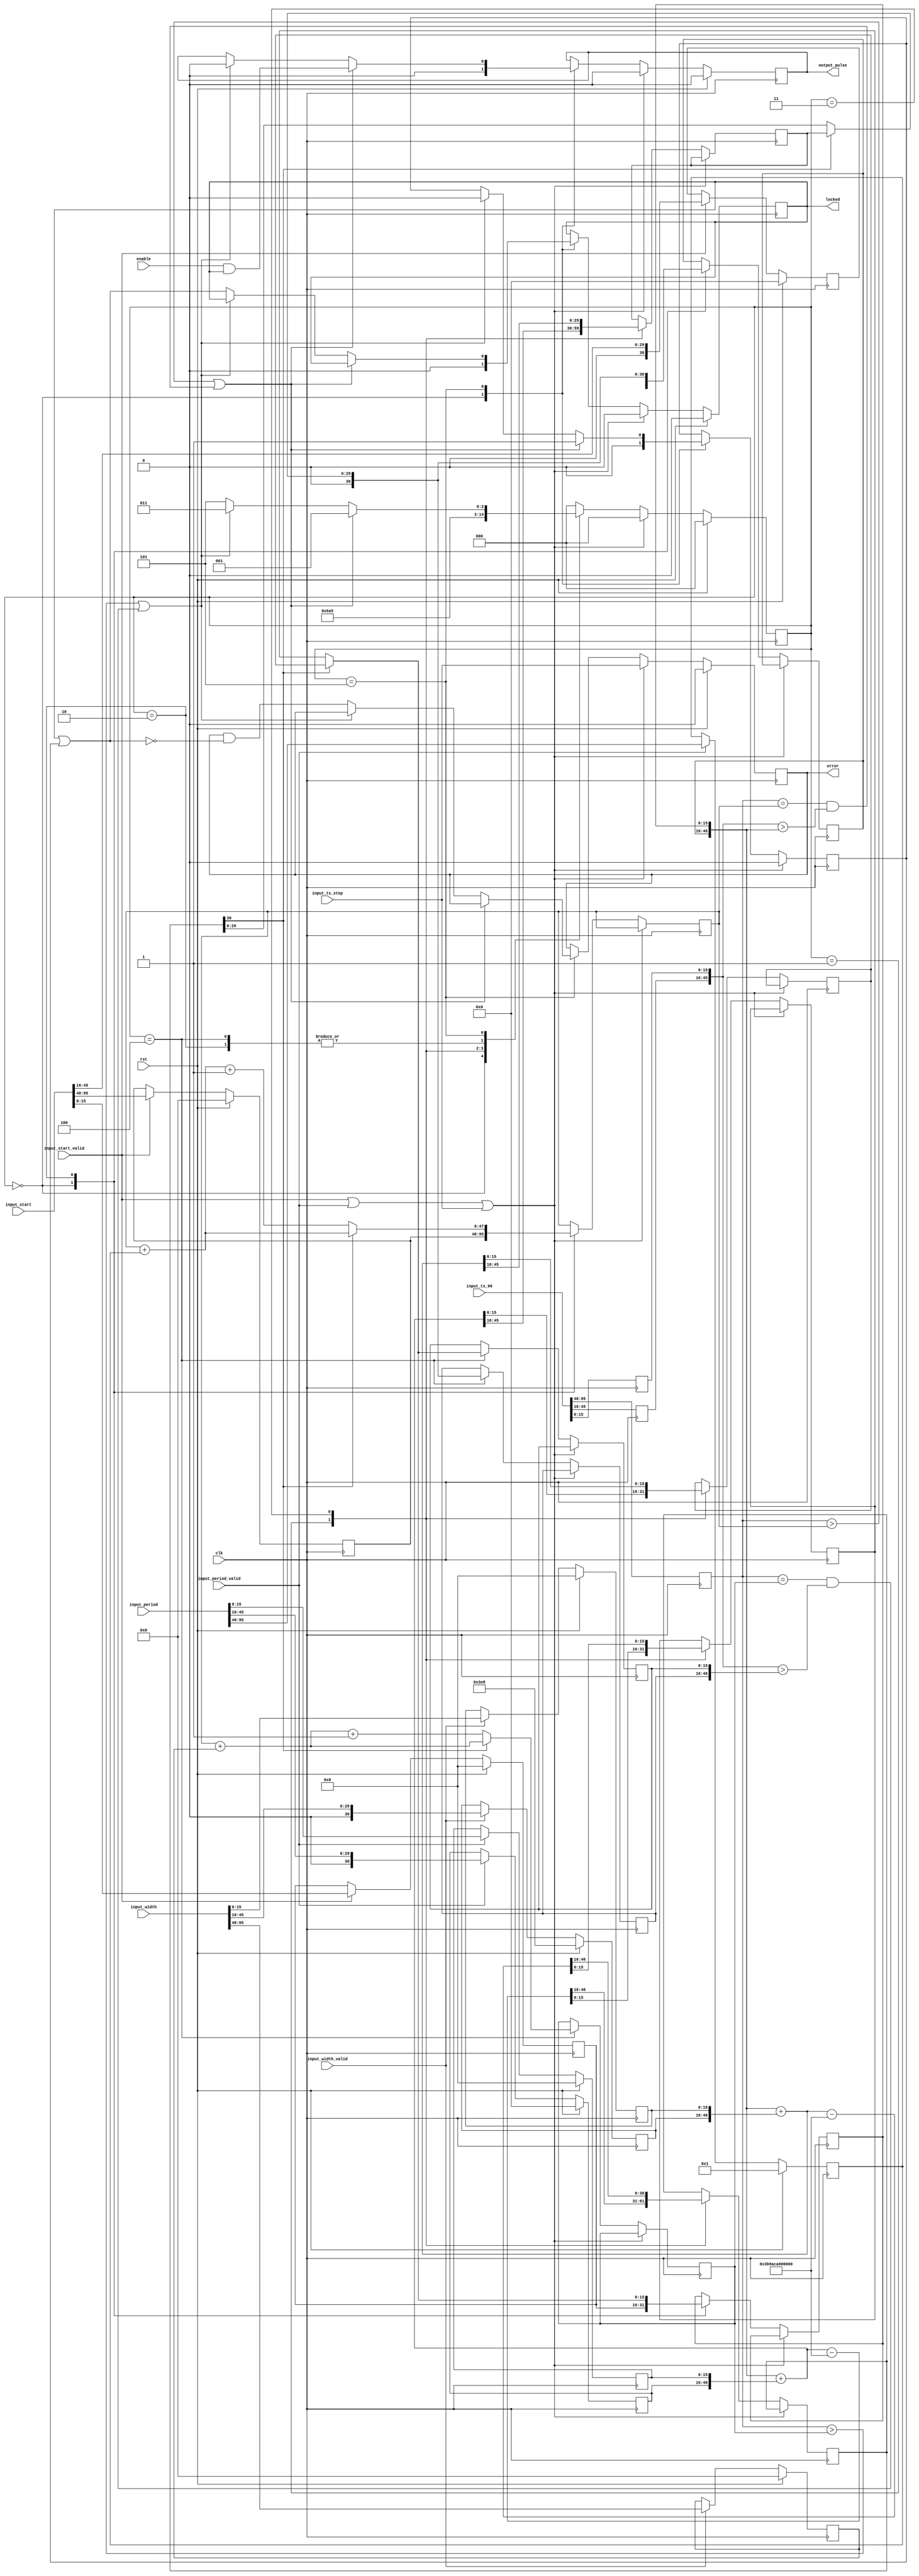
/*

Copyright (c) 2019 Alex Forencich

Permission is hereby granted, free of charge, to any person obtaining a copy
of this software and associated documentation files (the "Software"), to deal
in the Software without restriction, including without limitation the rights
to use, copy, modify, merge, publish, distribute, sublicense, and/or sell
copies of the Software, and to permit persons to whom the Software is
furnished to do so, subject to the following conditions:

The above copyright notice and this permission notice shall be included in
all copies or substantial portions of the Software.

THE SOFTWARE IS PROVIDED "AS IS", WITHOUT WARRANTY OF ANY KIND, EXPRESS OR
IMPLIED, INCLUDING BUT NOT LIMITED TO THE WARRANTIES OF MERCHANTABILITY
FITNESS FOR A PARTICULAR PURPOSE AND NONINFRINGEMENT. IN NO EVENT SHALL THE
AUTHORS OR COPYRIGHT HOLDERS BE LIABLE FOR ANY CLAIM, DAMAGES OR OTHER
LIABILITY, WHETHER IN AN ACTION OF CONTRACT, TORT OR OTHERWISE, ARISING FROM,
OUT OF OR IN CONNECTION WITH THE SOFTWARE OR THE USE OR OTHER DEALINGS IN
THE SOFTWARE.

*/

// Language: Verilog 2001

`resetall
`timescale 1ns / 1ps
`default_nettype none

/*
 * PTP period out module
 */
module ptp_perout #
(
    parameter FNS_ENABLE = 1,
    parameter OUT_START_S = 48'h0,
    parameter OUT_START_NS = 30'h0,
    parameter OUT_START_FNS = 16'h0000,
    parameter OUT_PERIOD_S = 48'd1,
    parameter OUT_PERIOD_NS = 30'd0,
    parameter OUT_PERIOD_FNS = 16'h0000,
    parameter OUT_WIDTH_S = 48'h0,
    parameter OUT_WIDTH_NS = 30'd1000,
    parameter OUT_WIDTH_FNS = 16'h0000
)
(
    input  wire         clk,
    input  wire         rst,

    /*
     * Timestamp input from PTP clock
     */
    input  wire [95:0]  input_ts_96,
    input  wire         input_ts_step,

    /*
     * Control
     */
    input  wire         enable,
    input  wire [95:0]  input_start,
    input  wire         input_start_valid,
    input  wire [95:0]  input_period,
    input  wire         input_period_valid,
    input  wire [95:0]  input_width,
    input  wire         input_width_valid,

    /*
     * Status
     */
    output wire         locked,
    output wire         error,

    /*
     * Pulse output
     */
    output wire         output_pulse
);

localparam [2:0]
    STATE_IDLE = 3'd0,
    STATE_UPDATE_RISE_1 = 3'd1,
    STATE_UPDATE_RISE_2 = 3'd2,
    STATE_UPDATE_FALL_1 = 3'd3,
    STATE_UPDATE_FALL_2 = 3'd4,
    STATE_WAIT_EDGE = 3'd5;

reg [2:0] state_reg = STATE_IDLE, state_next;

reg [47:0] time_s_reg = 0;
reg [30:0] time_ns_reg = 0;
reg [15:0] time_fns_reg = 0;

reg [47:0] next_rise_s_reg = 0, next_rise_s_next;
reg [30:0] next_rise_ns_reg = 0, next_rise_ns_next;
reg [15:0] next_rise_fns_reg = 0, next_rise_fns_next;

reg [47:0] next_fall_s_reg = 0, next_fall_s_next;
reg [30:0] next_fall_ns_reg = 0, next_fall_ns_next;
reg [15:0] next_fall_fns_reg = 0, next_fall_fns_next;

reg [47:0] start_s_reg = OUT_START_S;
reg [30:0] start_ns_reg = OUT_START_NS;
reg [15:0] start_fns_reg = OUT_START_FNS;

reg [47:0] period_s_reg = OUT_PERIOD_S;
reg [30:0] period_ns_reg = OUT_PERIOD_NS;
reg [15:0] period_fns_reg = OUT_PERIOD_FNS;

reg [47:0] width_s_reg = OUT_WIDTH_S;
reg [30:0] width_ns_reg = OUT_WIDTH_NS;
reg [15:0] width_fns_reg = OUT_WIDTH_FNS;

reg [29:0] ts_96_ns_inc_reg = 0, ts_96_ns_inc_next;
reg [15:0] ts_96_fns_inc_reg = 0, ts_96_fns_inc_next;
reg [30:0] ts_96_ns_ovf_reg = 0, ts_96_ns_ovf_next;
reg [15:0] ts_96_fns_ovf_reg = 0, ts_96_fns_ovf_next;

reg locked_reg = 1'b0, locked_next;
reg error_reg = 1'b0, error_next;
reg level_reg = 1'b0, level_next;
reg output_reg = 1'b0, output_next;

assign locked = locked_reg;
assign error = error_reg;
assign output_pulse = output_reg;

always @* begin
    state_next = STATE_IDLE;

    next_rise_s_next = next_rise_s_reg;
    next_rise_ns_next = next_rise_ns_reg;
    next_rise_fns_next = next_rise_fns_reg;

    next_fall_s_next = next_fall_s_reg;
    next_fall_ns_next = next_fall_ns_reg;
    next_fall_fns_next = next_fall_fns_reg;

    ts_96_ns_inc_next = ts_96_ns_inc_reg;
    ts_96_fns_inc_next = ts_96_fns_inc_reg;

    ts_96_ns_ovf_next = ts_96_ns_ovf_reg;
    ts_96_fns_ovf_next = ts_96_fns_ovf_reg;

    locked_next = locked_reg;
    error_next = error_reg;
    level_next = level_reg;
    output_next = output_reg;

    if (input_start_valid || input_period_valid || input_ts_step) begin
        locked_next = 1'b0;
        level_next = 1'b0;
        output_next = 1'b0;
        error_next = input_ts_step;
        state_next = STATE_IDLE;
    end else begin
        case (state_reg)
            STATE_IDLE: begin
                // set next rise to start time
                next_rise_s_next = start_s_reg;
                next_rise_ns_next = start_ns_reg;
                if (FNS_ENABLE) begin
                    next_rise_fns_next = start_fns_reg;
                end
                locked_next = 1'b0;
                level_next = 1'b0;
                output_next = 1'b0;
                state_next = STATE_UPDATE_FALL_1;
            end
            STATE_UPDATE_RISE_1: begin
                // set next rise time to next rise time plus period
                {ts_96_ns_inc_next, ts_96_fns_inc_next} = {next_rise_ns_reg, next_rise_fns_reg} + {period_ns_reg, period_fns_reg};
                {ts_96_ns_ovf_next, ts_96_fns_ovf_next} = {next_rise_ns_reg, next_rise_fns_reg} + {period_ns_reg, period_fns_reg} - {31'd1_000_000_000, 16'd0};
                state_next = STATE_UPDATE_RISE_2;
            end
            STATE_UPDATE_RISE_2: begin
                if (!ts_96_ns_ovf_reg[30]) begin
                    // if the overflow lookahead did not borrow, one second has elapsed
                    next_rise_s_next = next_rise_s_reg + period_s_reg + 1;
                    next_rise_ns_next = ts_96_ns_ovf_reg;
                    next_rise_fns_next = ts_96_fns_ovf_reg;
                end else begin
                    // no increment seconds field
                    next_rise_s_next = next_rise_s_reg + period_s_reg;
                    next_rise_ns_next = ts_96_ns_inc_reg;
                    next_rise_fns_next = ts_96_fns_inc_reg;
                end
                state_next = STATE_WAIT_EDGE;
            end
            STATE_UPDATE_FALL_1: begin
                // set next fall time to next rise time plus width
                {ts_96_ns_inc_next, ts_96_fns_inc_next} = {next_rise_ns_reg, next_rise_fns_reg} + {width_ns_reg, width_fns_reg};
                {ts_96_ns_ovf_next, ts_96_fns_ovf_next} = {next_rise_ns_reg, next_rise_fns_reg} + {width_ns_reg, width_fns_reg} - {31'd1_000_000_000, 16'd0};
                state_next = STATE_UPDATE_FALL_2;
            end
            STATE_UPDATE_FALL_2: begin
                if (!ts_96_ns_ovf_reg[30]) begin
                    // if the overflow lookahead did not borrow, one second has elapsed
                    next_fall_s_next = next_rise_s_reg + width_s_reg + 1;
                    next_fall_ns_next = ts_96_ns_ovf_reg;
                    next_fall_fns_next = ts_96_fns_ovf_reg;
                end else begin
                    // no increment seconds field
                    next_fall_s_next = next_rise_s_reg + width_s_reg;
                    next_fall_ns_next = ts_96_ns_inc_reg;
                    next_fall_fns_next = ts_96_fns_inc_reg;
                end
                state_next = STATE_WAIT_EDGE;
            end
            STATE_WAIT_EDGE: begin
                if ((time_s_reg > next_rise_s_reg) || (time_s_reg == next_rise_s_reg && {time_ns_reg, time_fns_reg} > {next_rise_ns_reg, next_rise_fns_reg})) begin
                    // rising edge
                    level_next = 1'b1;
                    output_next = enable && locked_reg;
                    state_next = STATE_UPDATE_RISE_1;
                end else if ((time_s_reg > next_fall_s_reg) || (time_s_reg == next_fall_s_reg && {time_ns_reg, time_fns_reg} > {next_fall_ns_reg, next_fall_fns_reg})) begin
                    // falling edge
                    level_next = 1'b0;
                    output_next = 1'b0;
                    state_next = STATE_UPDATE_FALL_1;
                end else begin
                    locked_next = locked_reg || level_reg;
                    error_next = error_reg && !(locked_reg || level_reg);
                    state_next = STATE_WAIT_EDGE;
                end
            end
        endcase
    end
end

always @(posedge clk) begin
    state_reg <= state_next;

    time_s_reg <= input_ts_96[95:48];
    time_ns_reg <= input_ts_96[45:16];
    if (FNS_ENABLE) begin
        time_fns_reg <= input_ts_96[15:0];
    end

    if (input_start_valid) begin
        start_s_reg <= input_start[95:48];
        start_ns_reg <= input_start[45:16];
        if (FNS_ENABLE) begin
            start_fns_reg <= input_start[15:0];
        end
    end

    if (input_period_valid) begin
        period_s_reg <= input_period[95:48];
        period_ns_reg <= input_period[45:16];
        if (FNS_ENABLE) begin
            period_fns_reg <= input_period[15:0];
        end
    end

    if (input_width_valid) begin
        width_s_reg <= input_width[95:48];
        width_ns_reg <= input_width[45:16];
        if (FNS_ENABLE) begin
            width_fns_reg <= input_width[15:0];
        end
    end

    next_rise_s_reg <= next_rise_s_next;
    next_rise_ns_reg <= next_rise_ns_next;
    if (FNS_ENABLE) begin
        next_rise_fns_reg <= next_rise_fns_next;
    end

    next_fall_s_reg <= next_fall_s_next;
    next_fall_ns_reg <= next_fall_ns_next;
    if (FNS_ENABLE) begin
        next_fall_fns_reg <= next_fall_fns_next;
    end

    ts_96_ns_inc_reg <= ts_96_ns_inc_next;
    if (FNS_ENABLE) begin
        ts_96_fns_inc_reg <= ts_96_fns_inc_next;
    end

    ts_96_ns_ovf_reg <= ts_96_ns_ovf_next;
    if (FNS_ENABLE) begin
        ts_96_fns_ovf_reg <= ts_96_fns_ovf_next;
    end

    locked_reg <= locked_next;
    error_reg <= error_next;
    level_reg <= level_next;
    output_reg <= output_next;

    if (rst) begin
        state_reg <= STATE_IDLE;

        start_s_reg <= OUT_START_S;
        start_ns_reg <= OUT_START_NS;
        start_fns_reg <= OUT_START_FNS;

        period_s_reg <= OUT_PERIOD_S;
        period_ns_reg <= OUT_PERIOD_NS;
        period_fns_reg <= OUT_PERIOD_FNS;

        width_s_reg <= OUT_WIDTH_S;
        width_ns_reg <= OUT_WIDTH_NS;
        width_fns_reg <= OUT_WIDTH_FNS;

        locked_reg <= 1'b0;
        error_reg <= 1'b0;
        output_reg <= 1'b0;
    end
end

endmodule

`resetall